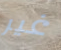
غير